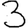
Digit: 3